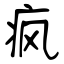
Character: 疯